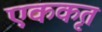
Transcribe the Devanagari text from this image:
एककृत